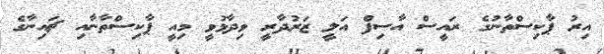
އިރު ޕާކިސްތާނުގެ ރައީސް އާސިފް އަލީ ޒަރުދާރީ ވިދާޅުވީ މިއީ ޕާކިސްތާނާއި ޗައިނާގެ